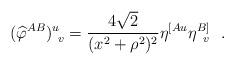
LaTeX: \begin{align*}({\widehat\varphi}^{AB})^u_{~v}={4\sqrt{2}\over (x^2+\rho^2)^2}\eta^{[Au}\eta^{B]}_{~\,v}~~.\end{align*}